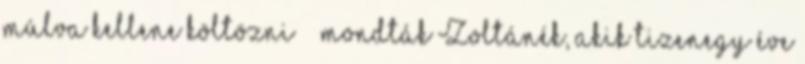
múlva kellene költözni” – mondták Zoltánék, akik tizenegy éve